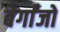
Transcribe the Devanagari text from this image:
बेर्गांजो